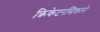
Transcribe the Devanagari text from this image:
क्रिकेटरसिकाने